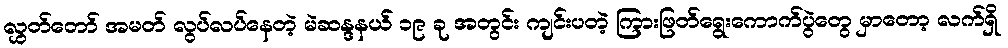
လွှတ်တော် အမတ် လွပ်လပ်နေတဲ့ မဲဆန္ဒနယ် ၁၉ ခု အတွင်း ကျင်းပတဲ့ ကြားဖြတ်ရွေးကောက်ပွဲတွေ မှာတော့ လက်ရှိ